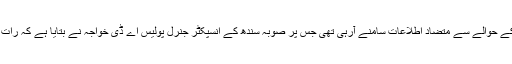
مزار شریف پرہونے والے خودکش بم دھماکے میں ہلاکتوں اور زخمی افراد کے حوالے سے متضاد اطلاعات سامنے آرہی تھی جس پر صوبہ سندھ کے انسپکٹر جنرل پولیس اے ڈی خواجہ نے بتایا ہے کہ رات گئے تک بم دھماکے میں مرنے والے افراد کی تعداد بڑھ کر اسی ہوگئی ہے۔